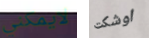
لايمكني اوشكت